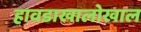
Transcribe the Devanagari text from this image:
हावडाखालोखाल